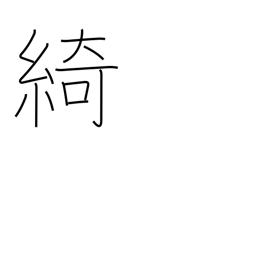
Meaning: beautiful